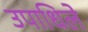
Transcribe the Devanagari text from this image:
उपाधिले